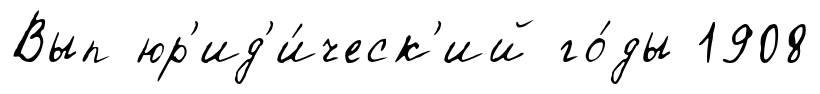
Вып юр'ид'и́ческ'ий го́ды 1908